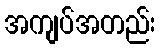
အကျပ်အတည်း